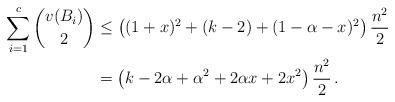
LaTeX: \begin{align*}\sum_{i=1}^c \binom{v(B_i)}{2} &\leq \left((1+x)^2+(k-2)+(1-\alpha-x)^2\right)\frac{n^2}{2}\\&=\left(k -2\alpha + \alpha^2 + 2\alpha x + 2x^2\right)\frac{n^2}{2}\,.\end{align*}